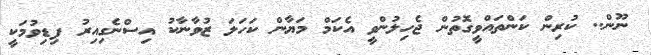
ނޫން.. ކުރިން ކަންތައްވީގޮތުން ޖެހިލުންވީ އެކަމް މަޔާން ކަހަލަ ޒުވާނާކު އިސްނެގިއިރު ފިޑިވުމަކީީ